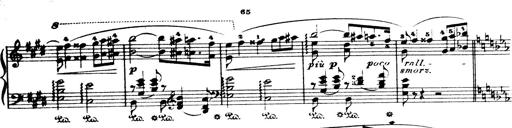
Title: Wagner-Liszt Album
Composer: Franz Liszt